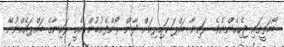
ބޯމަތީގައި ޖެހިހެންނެވެ.. ރައިނާ ބައްޕަ ކައިރިއަށް ދާން ރޯންފެށުމުން އެއީ ރައިނާގެ ބައްޕައެއްނުނޭ